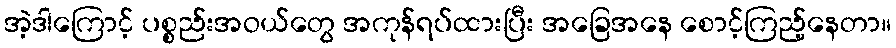
အဲ့ဒါကြောင့် ပစ္စည်းအဝယ်တွေ အကုန်ရပ်ထားပြီး အခြေအနေ စောင့်ကြည့်နေတာ။